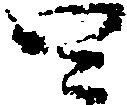
四